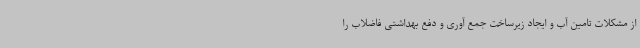
از مشکلات تامین آب و ایجاد زیرساخت جمع آوری و دفع بهداشتی فاضلاب را